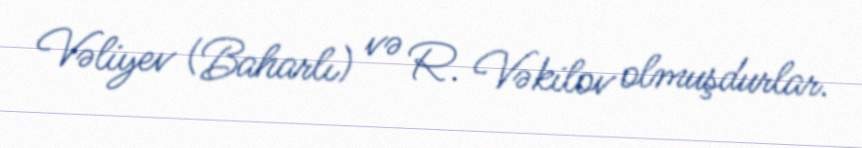
Vəliyev (Baharlı) və R. Vəkilov olmuşdurlar.